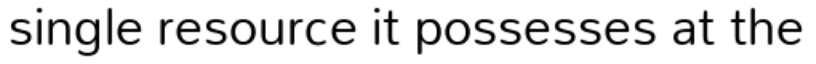
single resource it possesses at the